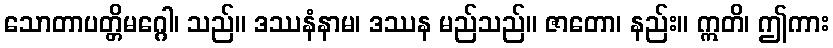
သောတာပတ္တိမဂ္ဂေါ၊ သည်။ ဒဿနံနာမ၊ ဒဿန မည်သည်။ ဇာတော၊ နည်း။ ဣတိ၊ ဤကား